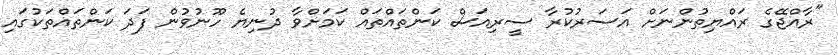
"ރާއްޖޭގެ ރައްޔިތުންނަށް އަސަރުކުރާ ސީރިއަސް ކަންތައްތައް ކަމަށްވާ ދުނިޔެ ހޫނުވުން ފަދަ ކަންތައްތަކުގައި